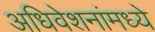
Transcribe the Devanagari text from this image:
अधिवेशनांमध्ये